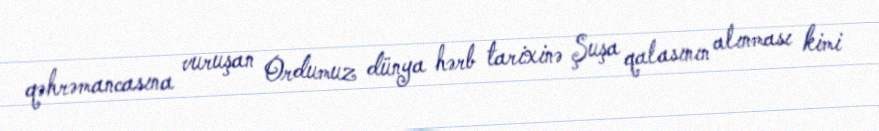
qəhrəmancasına vuruşan Ordumuz dünya hərb tarixinə Şuşa qalasının alınması kimi